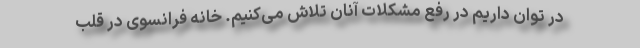
در توان داریم در رفع مشکلات آنان تلاش می‌کنیم. خانه فرانسوی در قلب